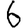
Digit: 6